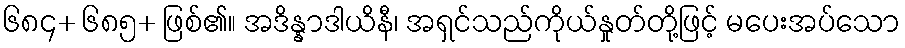
၆၈၄+ ၆၈၅+ ဖြစ်၏။ အဒိန္နာဒါယိနီ၊ အရှင်သည်ကိုယ်နှုတ်တို့ဖြင့် မပေးအပ်သော